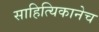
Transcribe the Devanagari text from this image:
साहित्यिकानेच